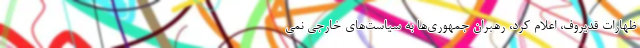
ظهارات قدیروف، اعلام کرد، رهبران جمهوری‌ها به سیاست‌های خارجی نمی